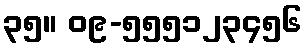
၃၅။ ၀၉-၅၅၅၁၂၃၄၅၆